system: You are a helpful assistant.
user:
Analyze the provided spectrum to determine if it is a **M-type Giant (gM)**.

A M-type Giant spectrum is defined by its **strong molecular absorption** features, particularly from **Titanium Oxide (TiO)**. You must check for one of the following mutually exclusive signatures:

- **Key Visual Indicators (Absorption-Dominated Spectrum):**

    - **(Primary):** The spectrum is dominated by strong molecular absorption from **Titanium Oxide (TiO)**. This is the **defining feature** of its M-type temperature class.
        - **(Key Bandheads):** Look for sharp, "saw-tooth" absorption valleys. The strongest are located near **~7050 Å**, **~6160 Å**, and **~5170 Å**.
        - **(Line Profile):** The "saw-tooth" morphology is critical: a **sharp, steep drop on the BLUE (short-wavelength) side** of the bandhead, followed by a gradual recovery (rising flux) towards the RED (long-wavelength) side.

    - **(Key Confirmation - Giant vs. Dwarf):** **ABSENCE** of strong **Calcium Hydride (CaH)** molecular bands. This is the primary diagnostic for *excluding* M-dwarfs.
        - **(Key Region):** The spectrum should lack the strong, broad absorption band seen in dwarfs between **~6800 Å and ~7000 Å**.

    - **(Secondary Confirmation - Giant):** A very strong and broad **Neutral Calcium (Ca I)** atomic absorption line.
        - **(Key Line):** Located at **~4226 Å**. In a giant (gM), this line is significantly deeper and broader than the same line in an M-dwarf (dM) due to low surface gravity.

    - **(Overall Spectrum):**
        - The continuum is **extremely red-sloping** (i.e., flux is very low in the blue and rises dramatically towards the red).
        - The entire spectrum appears "chopped up" by the deep TiO bands.

Think first, call **spectral_visualization_tool** if needed to examine features in detail, then provide your final answer. Your response must adhere to the following strict rules:
1.  **Overall Structure:** Your response must follow the format `<think>...</think> <tool_call>...</tool_call> (if a tool is used) <answer>...</answer>`.
2.  **Tool Usage Constraint:** You may only make **one** tool call per turn.
3.  **Final Answer Format:** In the `<answer>` tag, your conclusion must be inside a `\boxed{}` command (e.g., `\boxed{YES}` or `\boxed{NO}`), followed by your justification.

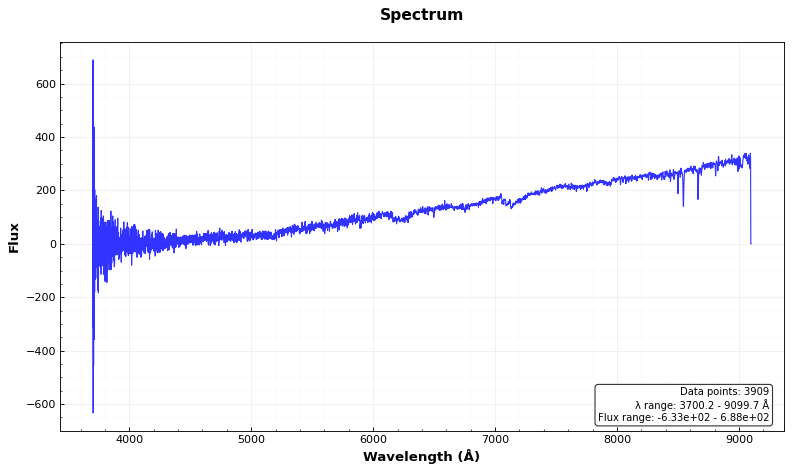
Answer: YES